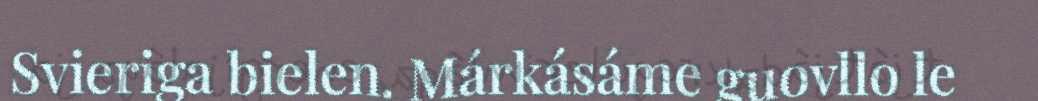
Svieriga bielen. Márkásáme guovllo le